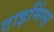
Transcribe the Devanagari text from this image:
टाइमिंग्स